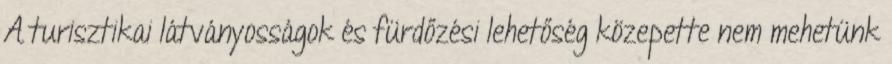
A turisztikai látványosságok és fürdőzési lehetőség közepette nem mehetünk